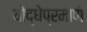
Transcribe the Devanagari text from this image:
योद्धेप्रमाणे